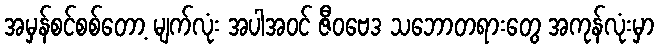
အမှန်စင်စစ်တော့ မျက်လုံး အပါအဝင် ဇီဝဗေဒ သဘောတရားတွေ အကုန်လုံးမှာ